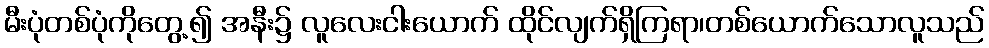
မီးပုံတစ်ပုံကိုတွေ့၍ အနီး၌ လူလေးငါးယောက် ထိုင်လျက်ရှိကြရာ၊တစ်ယောက်သောလူသည်